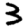
Digit: 3